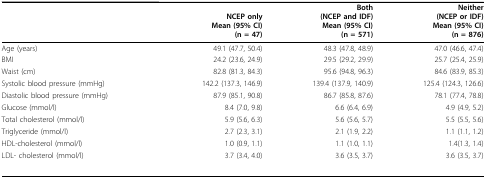
<table><thead><tr><td></td><td><b>NCEP onlyMean (95% CI)(n = 47)</b></td><td><b>Both(NCEP and IDF)Mean (95% CI)(n = 571)</b></td><td><b>Neither(NCEP or IDF)Mean (95% CI)(n = 876)</b></td></tr></thead><tbody><tr><td>Age (years)</td><td>49.1 (47.7, 50.4)</td><td>48.3 (47.8, 48.9)</td><td>47.0 (46.6, 47.4)</td></tr><tr><td>BMI</td><td>24.2 (23.6, 24.9)</td><td>29.5 (29.2, 29.9)</td><td>25.7 (25.4, 25.9)</td></tr><tr><td>Waist (cm)</td><td>82.8 (81.3, 84.3)</td><td>95.6 (94.8, 96.3)</td><td>84.6 (83.9, 85.3)</td></tr><tr><td>Systolic blood pressure (mmHg)</td><td>142.2 (137.3, 146.9)</td><td>139.4 (137.9, 140.9)</td><td>125.4 (124.3, 126.6)</td></tr><tr><td>Diastolic blood pressure (mmHg)</td><td>87.9 (85.1, 90.8)</td><td>86.7 (85.8, 87.6)</td><td>78.1 (77.4, 78.8)</td></tr><tr><td>Glucose (mmol/l)</td><td>8.4 (7.0, 9.8)</td><td>6.6 (6.4, 6.9)</td><td>4.9 (4.9, 5.2)</td></tr><tr><td>Total cholesterol (mmol/l)</td><td>5.9 (5.6, 6.3)</td><td>5.6 (5.6, 5.7)</td><td>5.5 (5.5, 5.6)</td></tr><tr><td>Triglyceride (mmol/l)</td><td>2.7 (2.3, 3.1)</td><td>2.1 (1.9, 2.2)</td><td>1.1 (1.1, 1.2)</td></tr><tr><td>HDL-cholesterol (mmol/l)</td><td>1.0 (0.9, 1.1)</td><td>1.1 (1.0, 1.1)</td><td>1.4(1.3, 1.4)</td></tr><tr><td>LDL- cholesterol (mmol/l)</td><td>3.7 (3.4, 4.0)</td><td>3.6 (3.5, 3.7)</td><td>3.6 (3.5, 3.7)</td></tr></tbody></table>